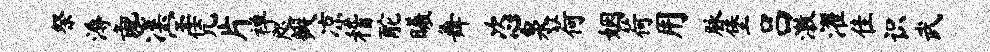
祭溽彘溪宝凭片禅咫瓣凉稽酡曦舞恣泉荷姻荷用脉堡吕激濯隹识武